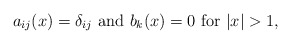
\begin{align*}a_{ij}(x)=\delta_{ij} \ \hbox{and} \ b_k(x)=0 \ \hbox{for}\ |x|>1,\end{align*}